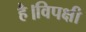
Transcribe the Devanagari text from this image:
है।विपक्षी